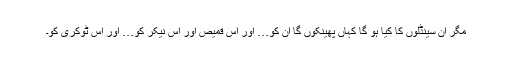
مگر ان سینڈلوں کا کیا ہو گا کہاں پھینکوں گا ان کو… اور اس قمیص اور اس نیکر کو… اور اس ٹوکری کو۔